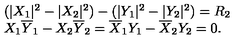
\begin{array} { l c r } { ( | X _ { 1 } | ^ { 2 } - | X _ { 2 } | ^ { 2 } ) - ( | Y _ { 1 } | ^ { 2 } - | Y _ { 2 } | ^ { 2 } ) = R _ { 2 } } \\ { X _ { 1 } \overline { { Y } } _ { 1 } - X _ { 2 } \overline { { Y } } _ { 2 } = \overline { { X } } _ { 1 } Y _ { 1 } - \overline { { X } } _ { 2 } Y _ { 2 } = 0 . } \\ \end{array}